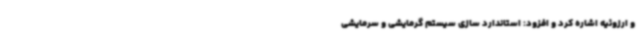
و ارزوئیه اشاره کرد و افزود: استاندارد سازی سیستم گرمایشی و سرمایشی